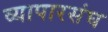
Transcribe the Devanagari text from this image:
व्यापारसंघ